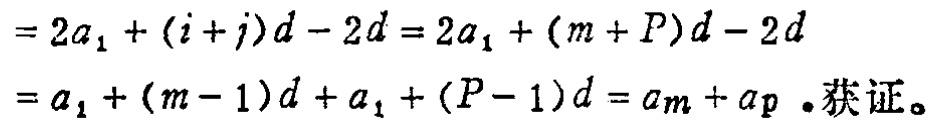
\[
\begin{align*}
&= 2a_{1}+(i + j)d-2d = 2a_{1}+(m + P)d-2d\\
&= a_{1}+(m - 1)d+a_{1}+(P - 1)d = a_{m}+a_{p}\text{. 获证。}
\end{align*}
\]